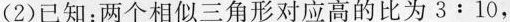
(2)已知：两个相似三角形对应高的比为3:10，